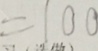
= 1 0 0